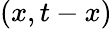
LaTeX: (x,t-x)